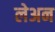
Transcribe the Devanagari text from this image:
लेअन